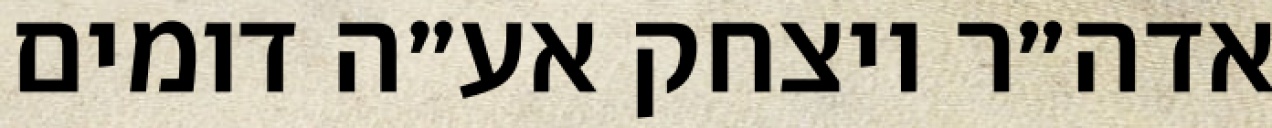
אדה״ר ויצחק אע״ה דומים